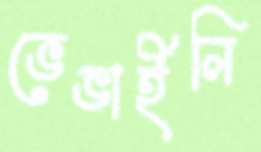
ভেঙাইলি